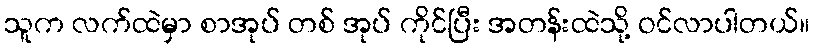
သူက လက်ထဲမှာ စာအုပ် တစ် အုပ် ကိုင်ပြီး အတန်းထဲသို့ ဝင်လာပါတယ်။